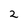
Character: 2